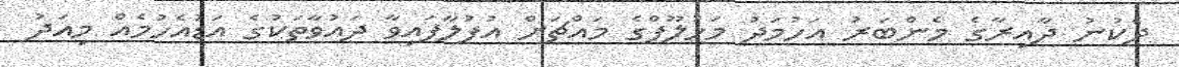
ދެކުނު ދާއިރާގެ މެންބަރު އަހުމަދު މަހުލޫފްގެ މައްޗަށް އުފުލާފައިވާ ދައުވާތަކުގެ އަޑުއެހުމެއް މިއަދު